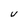
Character: U